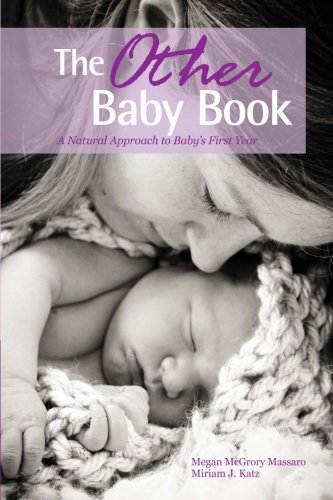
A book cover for The Other Baby Book: A Natural Approach to Baby's First Year; Megan McGrory Massaro; Health, Fitness & Dieting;